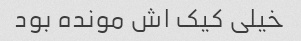
خیلی کیک اش مونده بود